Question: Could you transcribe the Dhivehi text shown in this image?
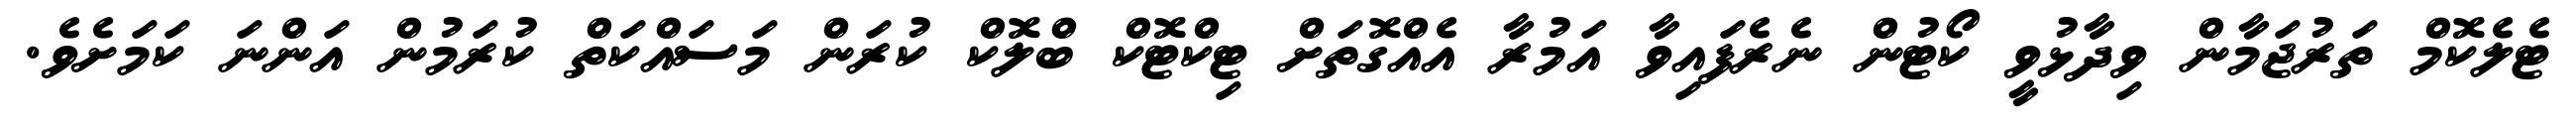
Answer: ޓެލެކޮމް ތަރުޖަމާން ވިދާޅުވީ ކޯޓުން ނެރެފައިވާ އަމުރާ އެއްގޮތަށް ޓިކްޓޮކް ބްލޮކް ކުރަން މަސައްކަތް ކުރަމުން އަންނަ ކަމަށެވެ.